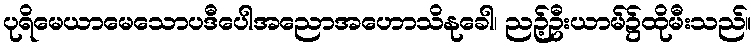
ပုရိမေယာမေသောပဒီပေါအညောအဟောသိနုခေါ၊ ညဉ့်ဦးယာမ်၌ထိုမီးသည်။